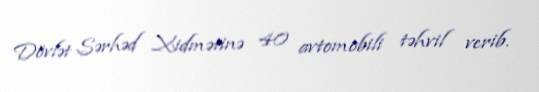
Dövlət Sərhəd Xidmətinə 40 avtomobili təhvil verib.